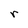
Character: r